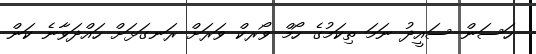
ހަސަން ސައީދު ނަމަ ތިކަމުގެ ހޯމް ވޯރކް ވަރަށް ރަނގަޅަށް ހައްދަވާނެ ކަން